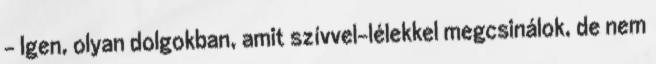
- Igen, olyan dolgokban, amit szívvel-lélekkel megcsinálok, de nem